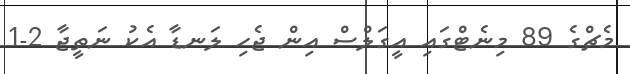
މެޗްގެ 89 މިނެޓްގައި އީގަލްސް އިން ޖެހި ލަނޑާ އެކު ނަތީޖާ 2-1